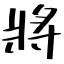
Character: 將